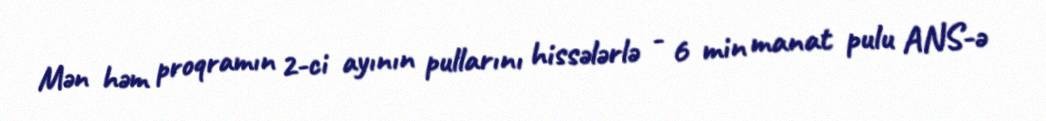
Mən həm proqramın 2-ci ayının pullarını hissələrlə - 6 min manat pulu ANS-ə